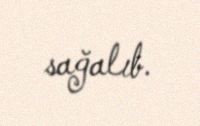
sağalıb.